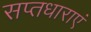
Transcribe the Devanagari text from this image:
सप्तधाराएं